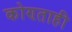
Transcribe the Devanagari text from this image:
कोण्ताही